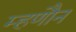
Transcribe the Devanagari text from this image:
म्हणौन